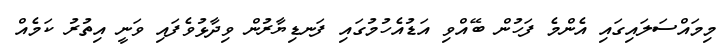
މިމައްސަލައިގައި އެންމެ ފަހުން ބޭއްވި އަޑުއެހުމުގައި ފަނޑިޔާރުން ވިދާޅުވެފައި ވަނީ އިތުރު ކަމެއް